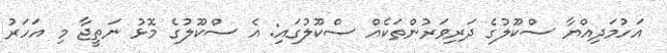
އަހުމަދިއްޔާ ސްކޫލުގެ ދަރިވަރުންތަކެއް ސްކޫލުގައި: އެ ސްކޫލުގެ މޮޅު ނަތީޖާ މި އަހަރު